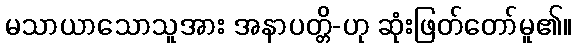
မသာယာသောသူအား အနာပတ္တိ-ဟု ဆုံးဖြတ်တော်မူ၏။